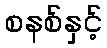
စနစ်နှင့်